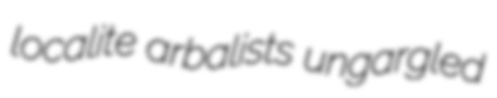
localite arbalists ungargled